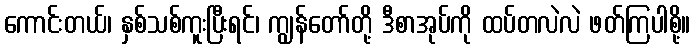
ကောင်းတယ်၊ နှစ်သစ်ကူးပြီးရင်၊ ကျွန်တော်တို့ ဒီစာအုပ်ကို ထပ်တလဲလဲ ဖတ်ကြပါစို့။